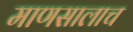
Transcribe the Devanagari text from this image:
माणसालाच